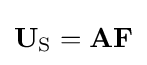
{\textstyle \mathbf {U} _{\mathrm {S} }=\mathbf {A} \mathbf {F} }